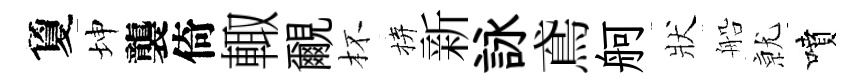
夐坤襲倚輙覼杯拚新詠鳶舸狀船𭕒噴